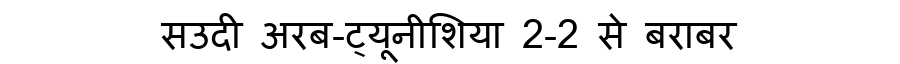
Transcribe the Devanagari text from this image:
सउदी अरब-ट्यूनीशिया 2-2 से बराबर